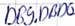
Text: DB9.DBD0